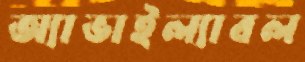
অ্যাভাইল্যাবল